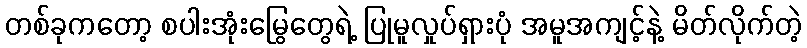
တစ်ခုကတော့ စပါးအုံးမြွေတွေရဲ့ ပြုမူလှုပ်ရှားပုံ အမူအကျင့်နဲ့ မိတ်လိုက်တဲ့